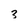
Character: 3